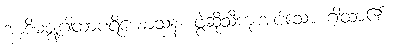
အာဒိမဇ္ဈဂါထာပရိယောသနံ၊ ဖွဲ့ဆိုသီကုံးအပ်သော ဂါထာ၏